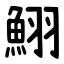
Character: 鮙